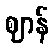
ဈာန်